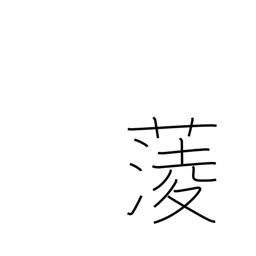
Meaning: water chestnut